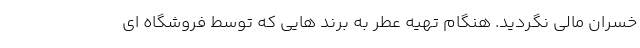
خسران مالی نگردید. هنگام تهیه عطر به برند هایی که توسط فروشگاه ای